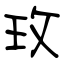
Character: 玫